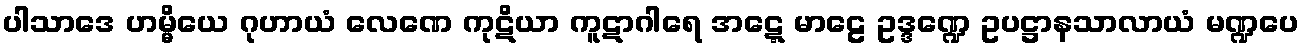
ပါသာဒေ ဟမ္မိယေ ဂုဟာယံ လေဏေ ကုဋိယာ ကူဋာဂါရေ အဋ္ဋေ မာဠေ ဥဒ္ဒဏ္ဍေ ဥပဋ္ဌာနသာလာယံ မဏ္ဍပေ